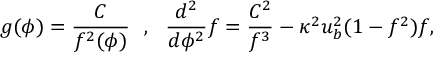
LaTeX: g ( \phi ) = \frac { C } { f ^ { 2 } ( \phi ) } \ \ , \ \ \frac { d ^ { 2 } } { d \phi ^ { 2 } } f = \frac { C ^ { 2 } } { f ^ { 3 } } - \kappa ^ { 2 } u _ { b } ^ { 2 } ( 1 - f ^ { 2 } ) f ,